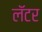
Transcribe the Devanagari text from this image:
लॅटर